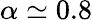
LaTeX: \alpha\simeq 0.8